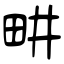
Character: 畊